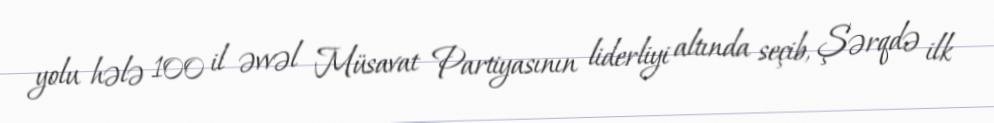
yolu hələ 100 il əvvəl Müsavat Partiyasının liderliyi altında seçib, Şərqdə ilk